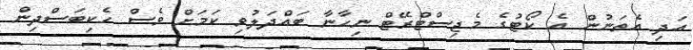
އަދި އެތަނުން އެ ކޯޓުގެ މެޖިސްޓްރޭޓް ނިހާނާ ބައްދަލުވި ކަމަށް ވެސް ހެކިބަސްދިން